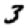
Digit: 3